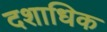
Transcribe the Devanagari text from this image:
दशाधिक